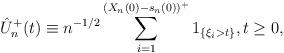
LaTeX: \begin{align*} \hat{U}_n^+ (t) \equiv n^{-1/2} \sum_{i = 1}^{(X_n (0) - s_n (0))^+} 1_{\{\xi_i > t\}},t \ge0,\end{align*}